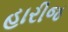
હારીજ